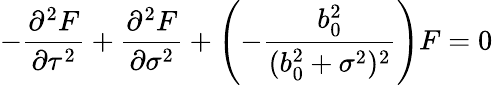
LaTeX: -\frac{{\partial}^{2}F}{{\partial}\tau^{2}}+\frac{{\partial}^{2}F}{{\partial}\sigma^{2}}+\left(-\frac{b_{0}^{2}}{(b_{0}^{2}+\sigma^{2})^{2}}\right)F=0